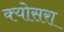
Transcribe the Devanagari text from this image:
क्योसरा